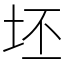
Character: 坯